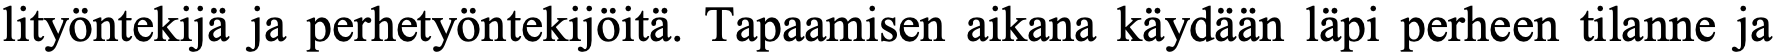
lityöntekijä ja perhetyöntekijöitä. Tapaamisen aikana käydään läpi perheen tilanne ja